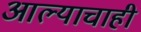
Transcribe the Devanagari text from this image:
आल्याचाही